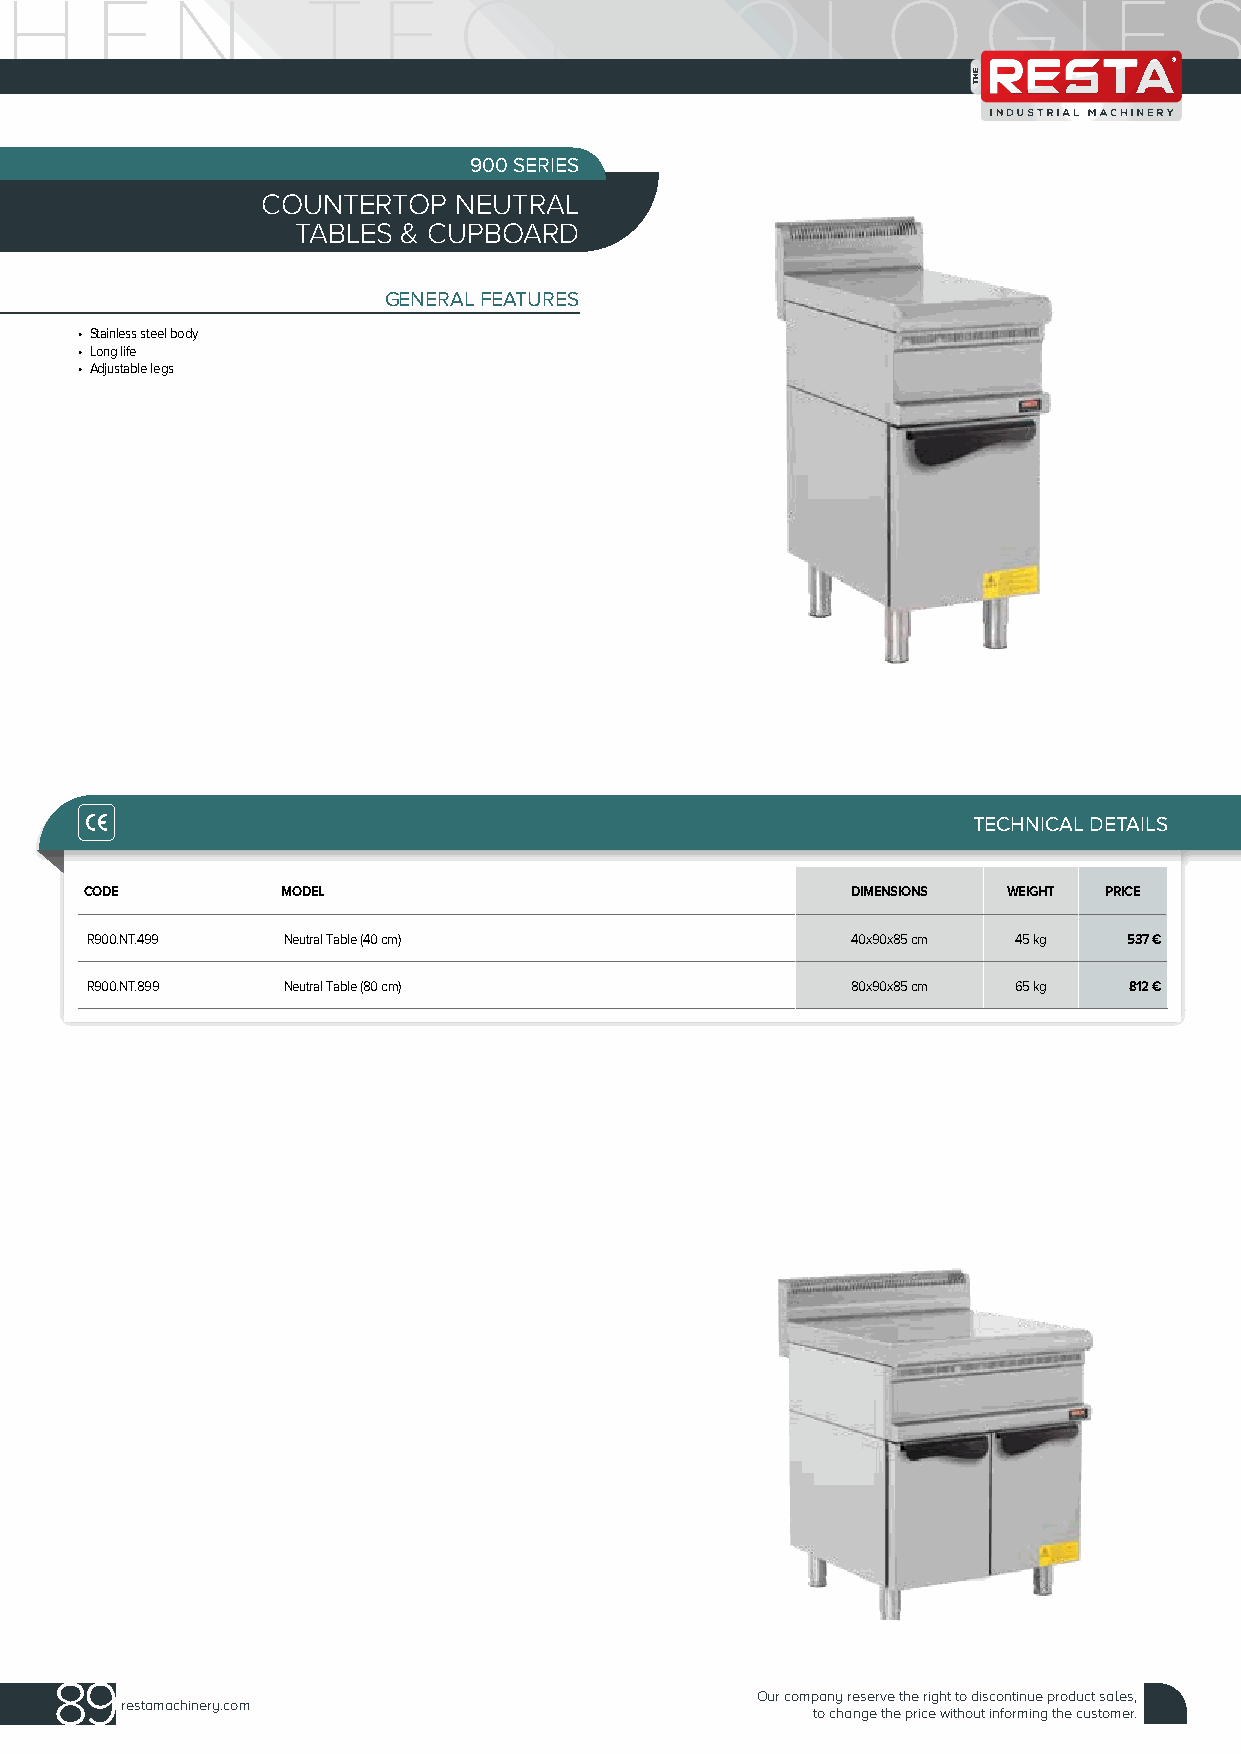
900 SERIES
 COUNTERTOP   NEUTRAL
 TABLES & CUPBOARD
 GENERAL FEATURES
 • Stainless steel body
 • Long life
 • Adjustable legs
 TECHNICAL DETAILS
 CODE         MODEL                                DIMENSIONS WEIGHT PRICE
 R900.NT.499  Neutral Table (40 cm)                40x90x85 cm 45 kg  537 €
 R900.NT.899  Neutral Table (80 cm)                80x90x85 cm 65 kg  812 €
 89
 Our company reserve the right to discontinue product sales,
 restamachinery.com
 to change the price without informing the customer.